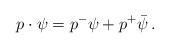
LaTeX: \begin{align*}p\cdot\psi=p^-\psi+p^+\bar{\psi}\, .\end{align*}